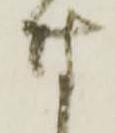
付